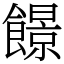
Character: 䭘